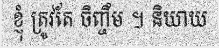
ខ្ញុំ ត្រូវតែ ចិញ្ចឹម ។ និយាយ